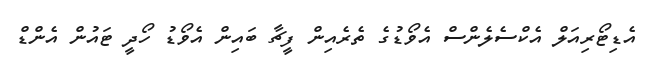
އެޑިޓޯރިއަލް އެކްސެލެންސް އެވޯޑުގެ ތެރެއިން ފީޗާ ބައިން އެވޯޑު ހޯދީ ޓައުން އެންޑް